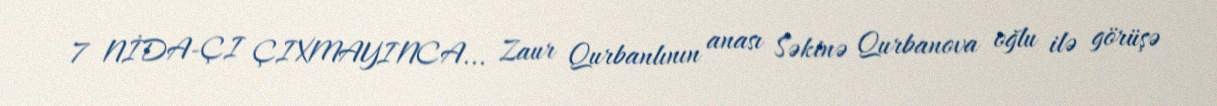
7 NİDA-ÇI ÇIXMAYINCA... Zaur Qurbanlının anası Səkinə Qurbanova oğlu ilə görüşə